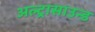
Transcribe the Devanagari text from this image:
अल्‍ट्रासाउन्‍ड